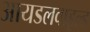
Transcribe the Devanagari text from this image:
आयडलवाइल्ड